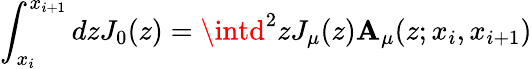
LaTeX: \int_{x_{i}}^{x_{i+1}}dzJ_{0}(z)=\intd^{2}zJ_{\mu}(z)\mathbf{A}_{\mu}(z;x_{i},x_{i+1})